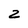
Character: 2